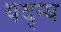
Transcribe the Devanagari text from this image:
यद्न्य